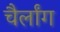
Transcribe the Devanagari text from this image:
चैर्लांग